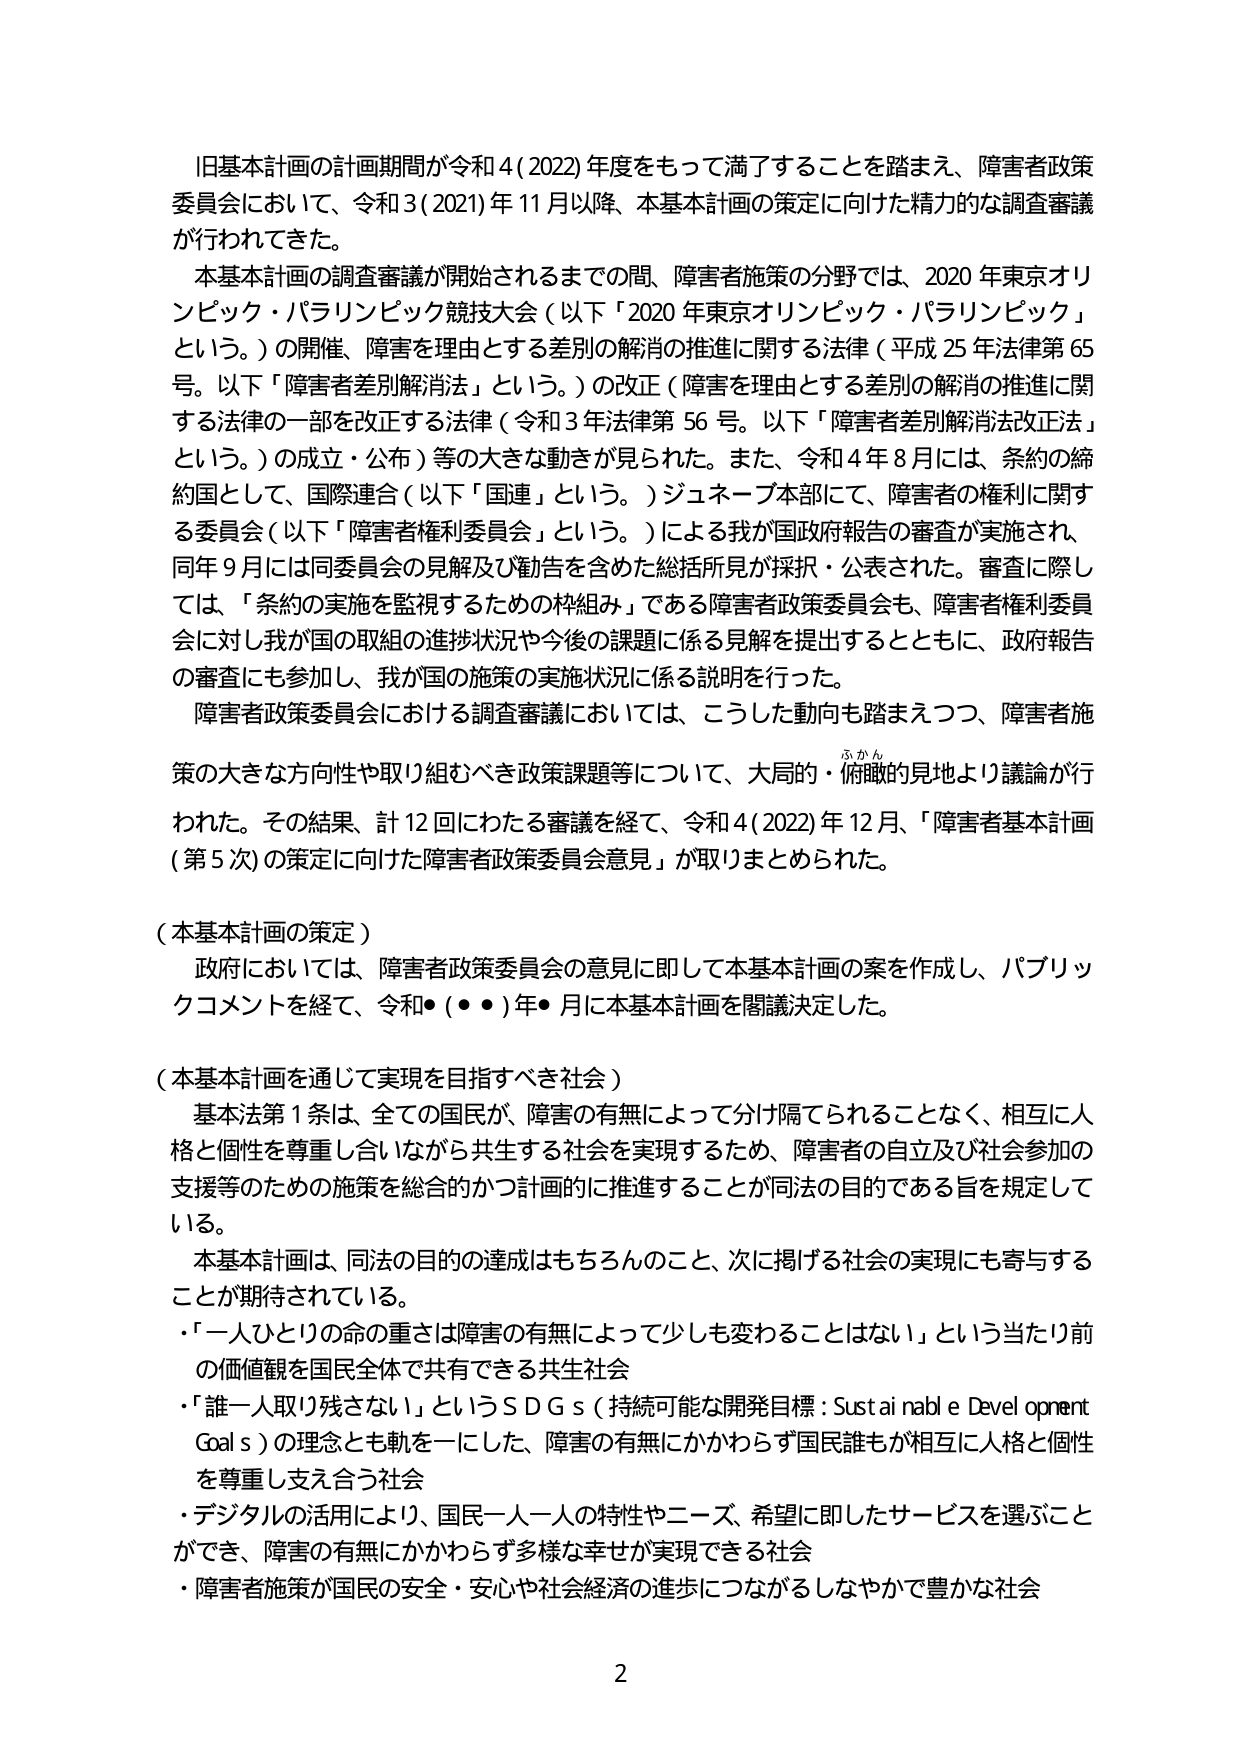
旧基本計画の計画期間が令和4（2022）年度をもって満了することを踏まえ、障害者政策委員会において、令和3（2021）年11月以降、本基本計画の策定に向けた精力的な調査審議が行われてきた。

本基本計画の調査審議が開始されるまでの間、障害者施策の分野では、2020年東京オリンピック・パラリンピック競技大会（以下「2020年東京オリンピック・パラリンピック」という。）の開催、障害を理由とする差別の解消の推進に関する法律（平成25年法律第65号。以下「障害者差別解消法」という。）の改正（障害を理由とする差別の解消の推進に関する法律の一部を改正する法律（令和3年法律第56号。以下「障害者差別解消法改正法」という。）の成立・公布）等の大きな動きが見られた。また、令和4年8月には、条約の締約国として、国際連合（以下「国連」という。）ジュネーブ本部にて、障害者の権利に関する委員会（以下「障害者権利委員会」という。）による我が国政府報告の審査が実施され、同年9月には同委員会の見解及び勧告を含めた総括所見が採択・公表された。審査に際しては、「条約の実施を監視するための枠組み」である障害者政策委員会も、障害者権利委員会に対し我が国の取組の進捗状況や今後の課題に係る見解を提出するとともに、政府報告の審査にも参加し、我が国の施策の実施状況に係る説明を行った。

障害者政策委員会における調査審議においては、こうした動きも踏まえつつ、障害者施策の大きな方向性や取り組むべき政策課題等について、大局的・俯瞰的見地より議論が行われた。その結果、計12回にわたる審議を経て、令和4（2022）年12月、「障害者基本計画（第5次）の策定に向けた障害者政策委員会意見」が取りまとめられた。

（本基本計画の策定）
政府においては、障害者政策委員会の意見に即して本基本計画の案を作成し、パブリックコメントを経て、令和●（●●）年●月に本基本計画を閣議決定した。

（本基本計画を通じて実現を目指すべき社会）
基本法第1条は、全ての国民が、障害の有無によって分け隔てられることなく、相互に人格と個性を尊重し合いながら共生する社会を実現するため、障害者の自立及び社会参加の支援等のための施策を総合的かつ計画的に推進することが同法の目的である旨を規定している。

本基本計画は、同法の目的の達成はもちろんのこと、次に掲げる社会の実現にも寄与することが期待されている。
・「一人ひとりの命の重さは障害の有無によって少しも変わることはない」という当たり前の価値観を国民全体で共有できる共生社会
・「誰一人取り残さない」というＳＤＧｓ（持続可能な開発目標：Sustainable Development Goals）の理念とも軌を一にした、障害の有無にかかわらず国民誰もが相互に人格と個性を尊重し支え合う社会
・デジタルの活用により、国民一人一人の特性やニーズ、希望に即したサービスを選ぶことができ、障害の有無にかかわらず多様な幸せが実現できる社会
・障害者施策が国民の安全・安心や社会経済の進歩につながるしなやかで豊かな社会

2